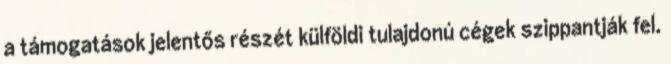
a támogatások jelentős részét külföldi tulajdonú cégek szippantják fel.